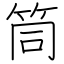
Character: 筒